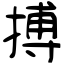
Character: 搏